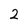
Character: 2